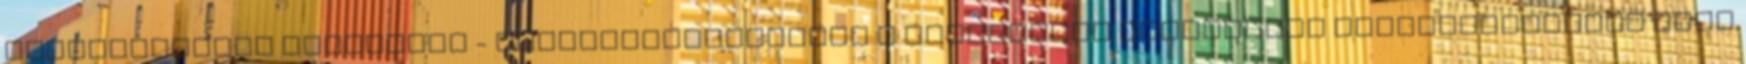
meghatározott esetekben - használatbavételét a tûzvédelmi hatósággal engedélyeztetni kell